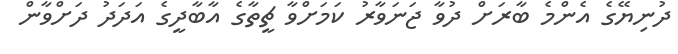
ދުނިޔޭގެ އެންމެ ބާރަށް ދުވާ ޖަނަވާރު ކަމަށްވާ ޗީތާގެ އާބާދީގެ އަދަދު ދަށްވާން